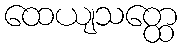
ထေယျသတ္ထေ